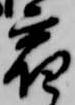
宿